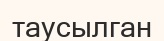
таусылган